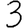
Digit: 3